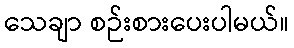
သေချာ စဉ်းစားပေးပါမယ်။